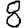
Digit: 8